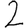
Digit: 2